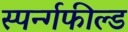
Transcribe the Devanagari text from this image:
स्पर्न्गफील्ड